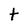
Character: t